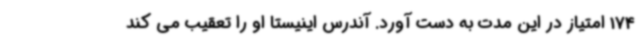
174 امتیاز در این مدت به دست آورد. آندرس اینیستا او را تعقیب می کند